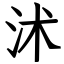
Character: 沭